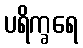
ပရိက္ခရေ